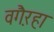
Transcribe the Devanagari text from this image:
वगै़रहा